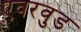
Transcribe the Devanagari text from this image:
एवरवुड